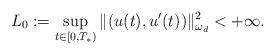
LaTeX: \begin{align*}L_{0}:=\sup_{t\in[0,T_{*})}\|(u(t),u'(t))\|_{\omega_{d}}^{2}<+\infty.\end{align*}